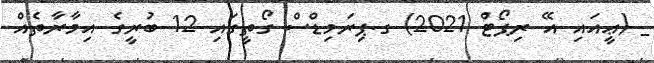
_ (ޢީއައި އޭ ރިޕޯޓް 2021) ގ.ޕިރަމިޑްސް ގޯތީގައި 12 ބުރީގެ އިމާރާތެއް